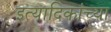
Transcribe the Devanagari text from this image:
इत्यादिकांच्या